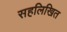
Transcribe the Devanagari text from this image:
सहलिखित